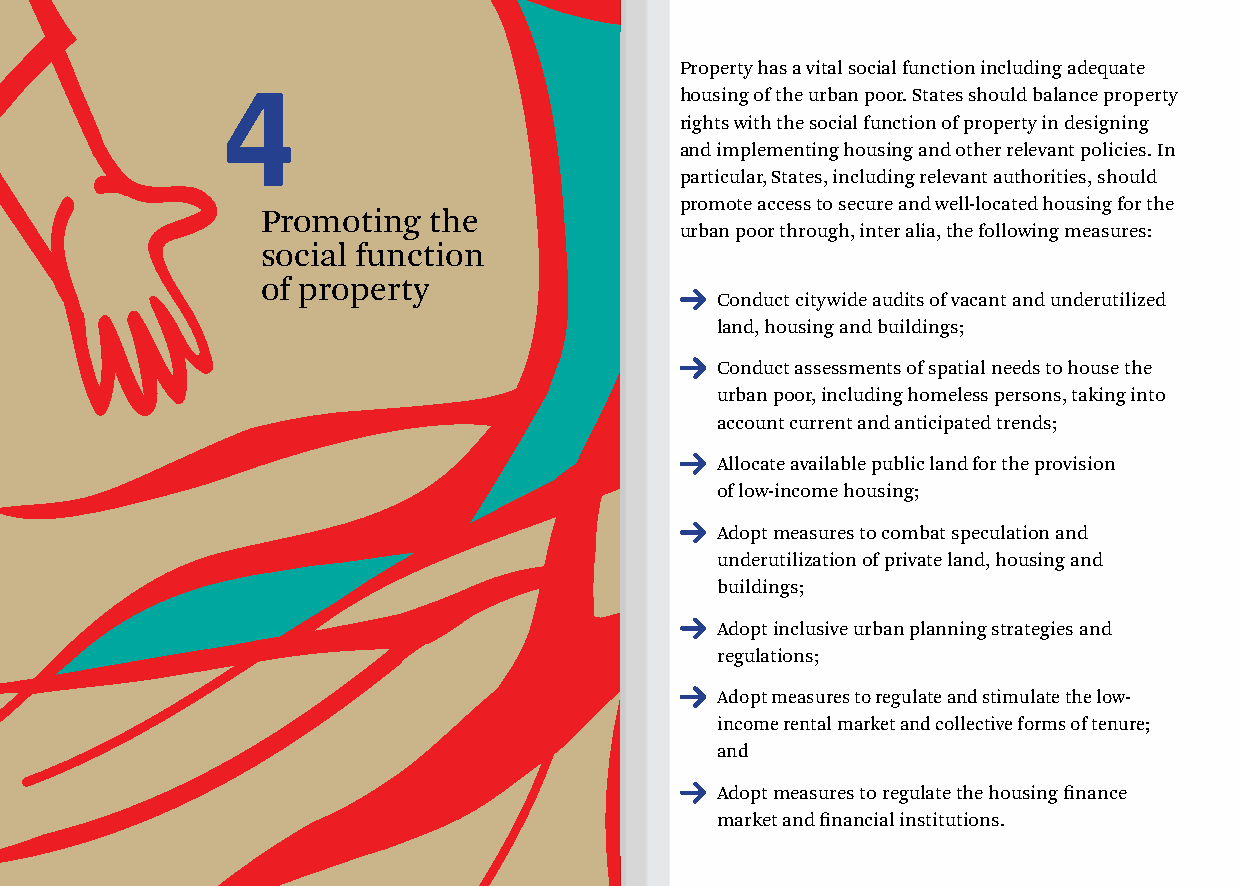
Property has a vital social function including adequate
 4                             housing of the urban poor. States should balance property
 rights with the social function of property in designing
 and implementing housing and other relevant policies. In
 particular, States, including relevant authorities, should
 promote access to secure and well-located housing for the
 Promoting  the
 urban poor through, inter alia, the following measures:
 social function
 of property
 Conduct citywide audits of vacant and underutilized
 land, housing and buildings;
 Conduct assessments of spatial needs to house the
 urban poor, including homeless persons, taking into
 account current and anticipated trends;
 Allocate available public land for the provision
 of low-income housing;
 Adopt measures to combat speculation and
 underutilization of private land, housing and
 buildings;
 Adopt inclusive urban planning strategies and
 regulations;
 Adopt measures to regulate and stimulate the low-
 income rental market and collective forms of tenure;
 and
 Adopt measures to regulate the housing finance
 market and financial institutions.